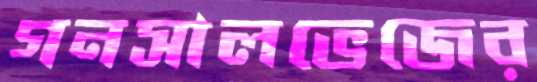
গনসালভেজের